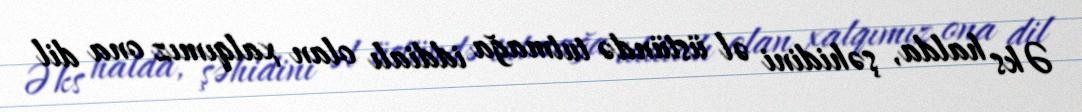
Əks halda, şəhidini əl üstündə tutmağa iddialı olan xalqımız ona dil